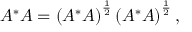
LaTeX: A ^ { * } A = \left( A ^ { * } A \right) ^ { \frac { 1 } { 2 } } \left( A ^ { * } A \right) ^ { \frac { 1 } { 2 } } ,